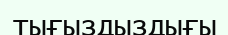
тығыздыздығы